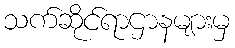
သက်ဆိုင်ရာဌာနများမှ